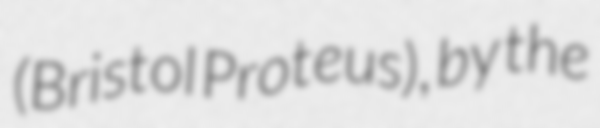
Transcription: (Bristol Proteus), by the